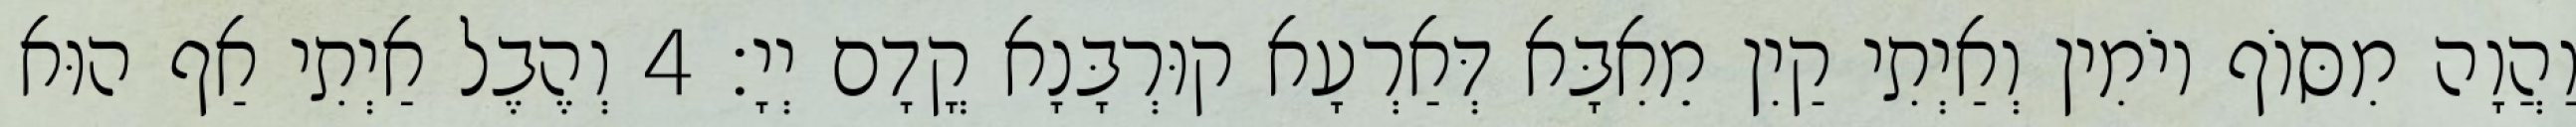
וַהֲוָה מִסּוֹף יוֹמִין וְאַיְתִי קַיִן מֵאִבָּא דְּאַרְעָא קוּרְבָּנָא קֳדָם יְיָ׃ 4 וְהֶבֶל אַיְתִי אַף הוּא